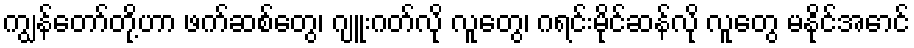
ကျွန်တော်တို့ဟာ ဖက်ဆစ်တွေ၊ ဂျူးဂတ်လို လူတွေ၊ ဂရင်းမိုင်ဆန်လို လူတွေ မနိုင်အောင်